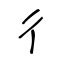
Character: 彳